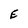
Character: E